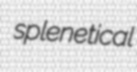
splenetical